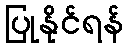
ပြုနိုင်ရန်